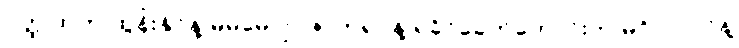
ဝတ္ထုထဲက ထွန်းနိုင်နဲ့ မမမေဂျာ ဇာတ်ရုပ်နဲ့ ရခိုင်ခေတ်ဟောင်းက မဂိုလုလင်နဲ့